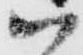
ハ